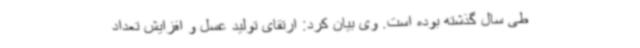
طی سال گذشته بوده است. وی بیان کرد: ارتقای تولید عسل و افزایش تعداد